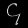
Digit: ၄